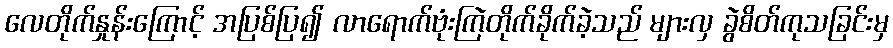
လေတိုက်နှုန်းကြောင့် အပြစ်ပြ၍ လာရောက်ဗုံးကြဲတိုက်ခိုက်ခဲ့သည် များလှ ခွဲစိတ်ကုသခြင်းမှ